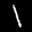
Label: 1